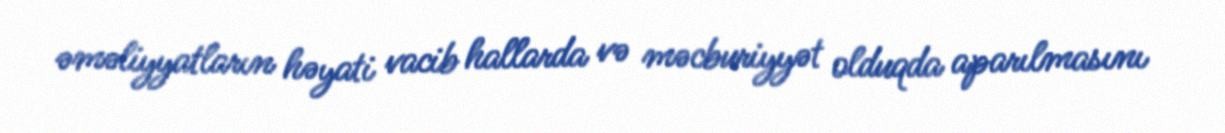
əməliyyatların həyati vacib hallarda və məcburiyyət olduqda aparılmasını